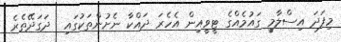
މިފަދަ އިސްލާމީ ގައުމެއްގެ ޓީވީއިން އެހެރަ ދައްކާ ނެށުންތަކުގައި  ދަގަދޭތެރެ